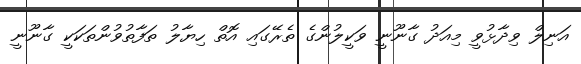
އަނިލް ވިދާޅުވީ މިއަދު ގާނޫނީ ވަކީލުންގެ ތެރޭގައި އޮތް ހިޔާލު ތަފާތުވުންތަކަކީ ގާނޫނީ